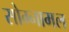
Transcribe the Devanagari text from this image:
सोग्नामल